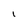
Character: I